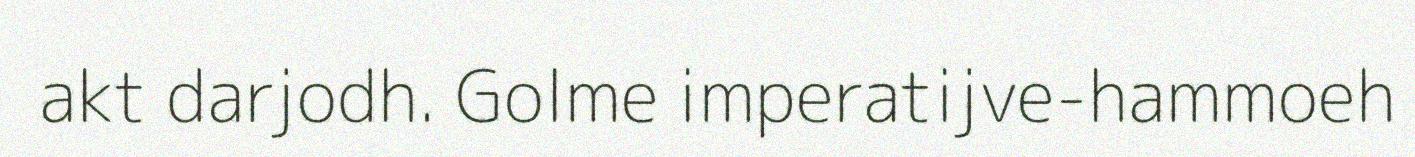
akt darjodh. Golme imperatijve-hammoeh